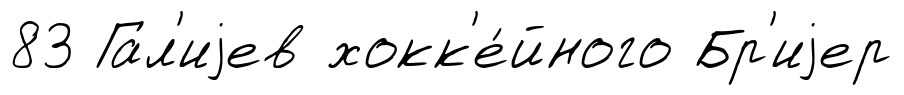
83 Гал'иjев хокк'е́йного Бр'иjер